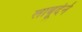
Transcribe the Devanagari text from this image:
लाबूर्दने